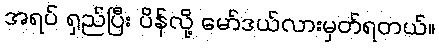
အရပ် ရှည်ပြီး ပိန်လို့ မော်ဒယ်လားမှတ်ရတယ်။